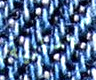
ميدانية